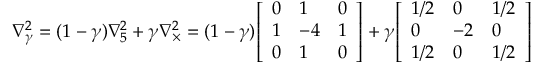
\nabla _ { \gamma } ^ { 2 } = ( 1 - \gamma ) \nabla _ { 5 } ^ { 2 } + \gamma \nabla _ { \times } ^ { 2 } = ( 1 - \gamma ) { \left[ \begin{array} { l l l } { 0 } & { 1 } & { 0 } \\ { 1 } & { - 4 } & { 1 } \\ { 0 } & { 1 } & { 0 } \end{array} \right] } + \gamma { \left[ \begin{array} { l l l } { 1 / 2 } & { 0 } & { 1 / 2 } \\ { 0 } & { - 2 } & { 0 } \\ { 1 / 2 } & { 0 } & { 1 / 2 } \end{array} \right] }